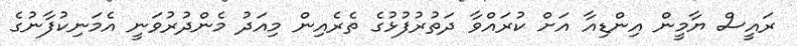
ރައީސް ޔާމީން އިންޑިއާ އަށް ކުރައްވާ ދަތުރުފުޅުގެ ތެރެއިން މިއަދު މެންދުރުވަނީ އެމަނިކުފާނުގެ